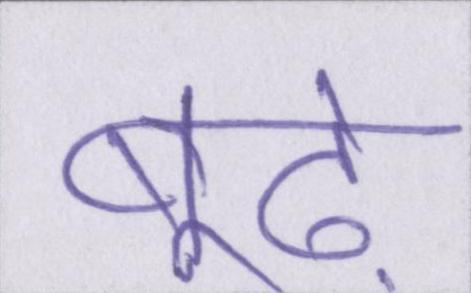
बूढ़े